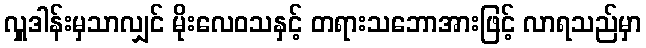
လှူဒါန်းမှသာလျှင် မိုးလေဝသနှင့် တရားသဘောအားဖြင့် လာရသည်မှာ